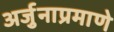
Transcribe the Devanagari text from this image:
अर्जुनाप्रमाणे